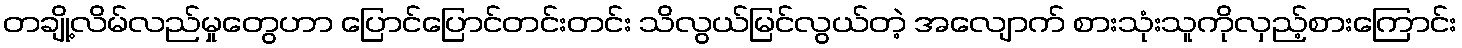
တချို့လိမ်လည်မှုတွေဟာ ပြောင်ပြောင်တင်းတင်း သိလွယ်မြင်လွယ်တဲ့ အလျောက် စားသုံးသူကိုလှည့်စားကြောင်း